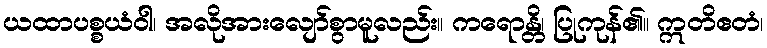
ယထာပစ္စယံဝါ၊ အလိုအားလျော်စွာမူလည်း။ ကရောန္တိ၊ ပြုကုန်၏။ ဣတိဧတံ၊